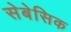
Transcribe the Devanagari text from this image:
सेबेसिक